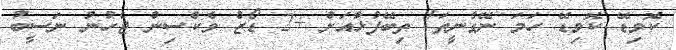
ކޮވިޑޭ ކޮވިޑޭ ހަމަ ނޭގެނީތަ! ތިބޭފުޅާއަށް +2 ޑޯޒް ވެކްސިން ޖެހުނު ނަސީބު